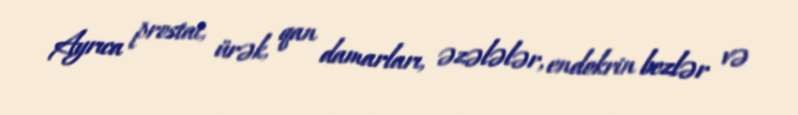
Ayrıca prostat, ürək, qan damarları, əzələlər, endokrin bezlər və